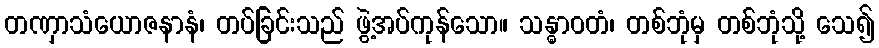
တဏှာသံယောဇနာနံ၊ တပ်ခြင်းသည် ဖွဲ့အပ်ကုန်သော။ သန္ဓာဝတံ၊ တစ်ဘုံမှ တစ်ဘုံသို့ သေ၍